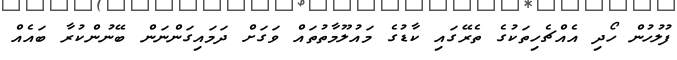
ފުލުހުން ހޯދި އެއްޗެހިތަކުގެ ތެރޭގައި ކާޑުގެ މައުލޫމާތުތައް ވަގަށް ދަމައިގަންނަން ބޭނުންކުރާ ބައެއް